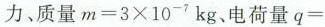
力、质量m=3×{10}^{-7} kg、电荷量q=